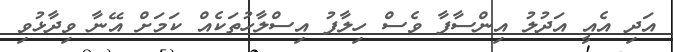
އަދި އެއީ އަދުލު އިންސާފާ ވެސް ހިލާފު އިސްލާހުތަކެއް ކަމަށް އޭނާ ވިދާޅުވި